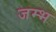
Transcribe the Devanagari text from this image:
जम्भ